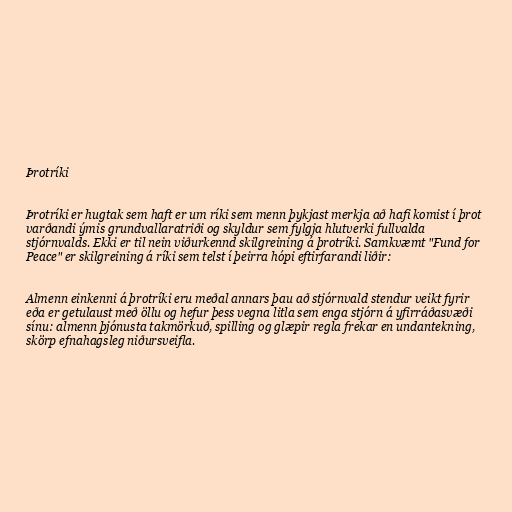
Þrotríki

Þrotríki er hugtak sem haft er um ríki sem menn þykjast merkja að hafi komist í þrot
varðandi ýmis grundvallaratriði og skyldur sem fylgja hlutverki fullvalda
stjórnvalds. Ekki er til nein viðurkennd skilgreining á þrotríki. Samkvæmt "Fund for
Peace" er skilgreining á ríki sem telst í þeirra hópi eftirfarandi liðir:

Almenn einkenni á þrotríki eru meðal annars þau að stjórnvald stendur veikt fyrir
eða er getulaust með öllu og hefur þess vegna litla sem enga stjórn á yfirráðasvæði
sínu: almenn þjónusta takmörkuð, spilling og glæpir regla frekar en undantekning,
skörp efnahagsleg niðursveifla.